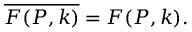
\overline { { { F ( P , k ) } } } = F ( P , k ) .